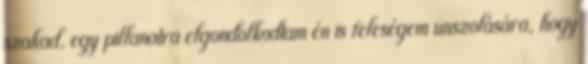
szakad, egy pillanatra elgondolkodtam én is feleségem unszolására, hogy